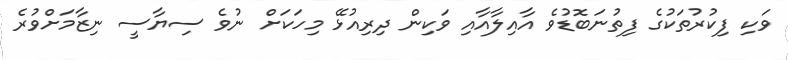
ވަކި ފިކުރުތަކުގެ ފިތުނަބޮޑުވެ އާއިލާއާއި ވަކިން ދިރިއުޅޭ މިހަކަށް ނުވެ ސިޔާސީ ނިޒާމަށްވުރެ